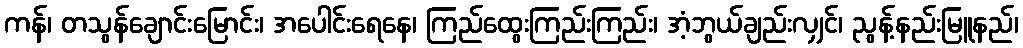
ကန်၊ တသွန်ချောင်းမြောင်း၊ အပေါင်းရေနေ၊ ကြည်ထွေးကြည်းကြည်း၊ အံ့ဘွယ်ချည်းလျှင်၊ ညွန့်နည်းမြူနည်၊